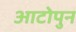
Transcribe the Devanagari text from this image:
आटोपुन